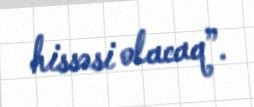
hissəsi olacaq”.